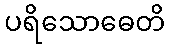
ပရိသောဓေတိ